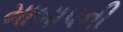
માબાપની